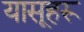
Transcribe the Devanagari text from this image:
यासूहरू